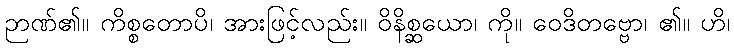
ဉာဏ်၏။ ကိစ္စတောပိ၊ အားဖြင့်လည်း။ ဝိနိစ္ဆယော၊ ကို။ ဝေဒိတဗ္ဗော၊ ၏။ ဟိ၊